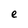
Character: e